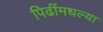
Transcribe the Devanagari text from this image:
पिढींमधल्या